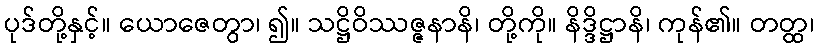
ပုဒ်တို့နှင့်။ ယောဇေတွာ၊ ၍။ သဋ္ဌိဝိဿဇ္ဇနာနိ၊ တို့ကို။ နိဒ္ဒိဋ္ဌာနိ၊ ကုန်၏။ တတ္ထ၊